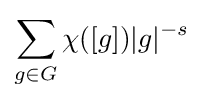
\sum _{g\in G}\chi ([g])|g|^{-s}